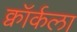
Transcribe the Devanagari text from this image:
क्वॉर्कला